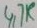
Text: 4,7K